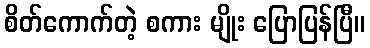
စိတ်ကောက်တဲ့ စကား မျိုး ပြောပြန်ပြီ။